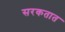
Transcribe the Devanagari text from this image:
सरकतात